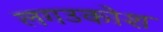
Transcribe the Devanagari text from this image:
लगउकोश